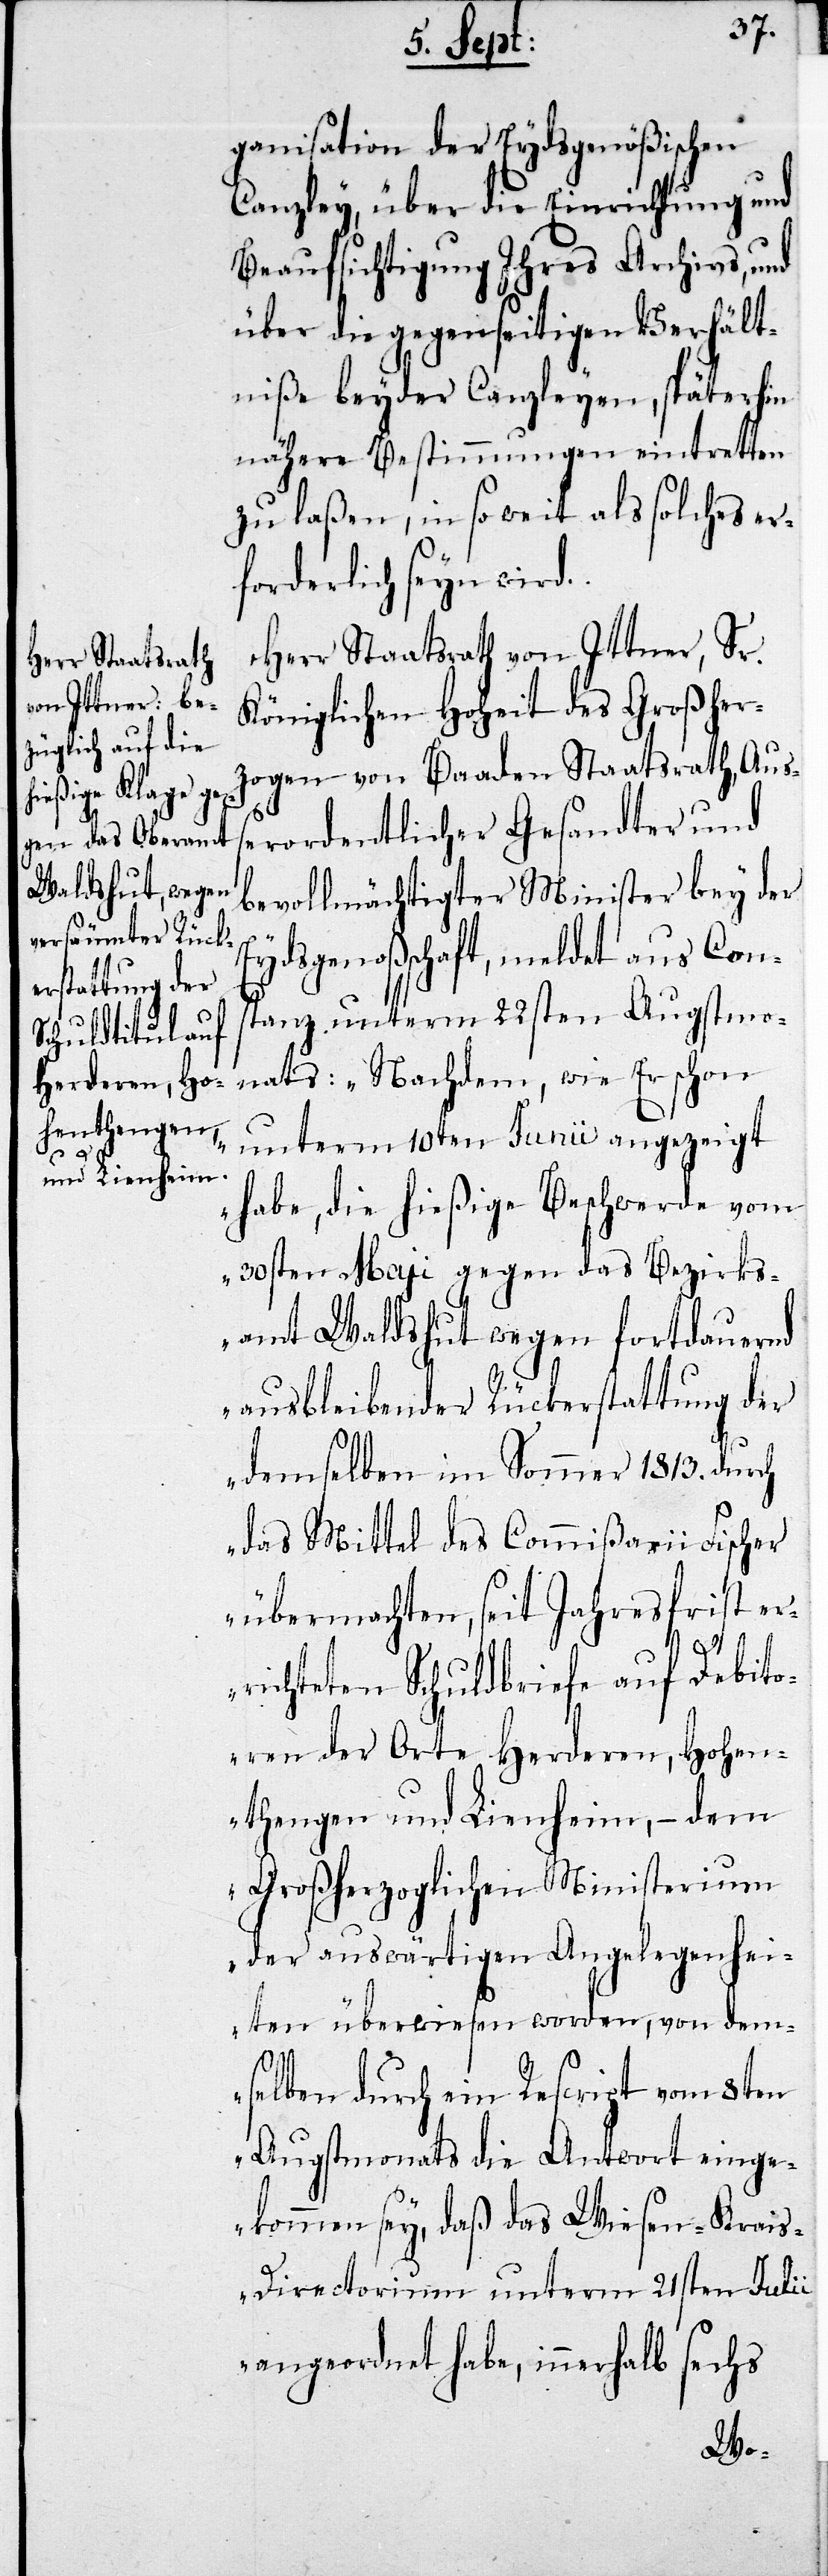
ganisation der Eydsgenößischen
Canzley, über die Einrichtung und
Beaufsichtigung Ihres Archivs, und
über die gegenseitigen Verhält¬
niße beyder Canzleyen, späterhin
nähere Bestimmungen eintretten
zu laßen, in so weit als solches er¬
forderlich seyn wird.
Herr Staatsrath von Ittner, Sr.
Königlichen Hoheit des Großher¬
zogen von Baaden Staatsrath, Auß¬
erordentlicher Gesandter und
bevollmächtigter Minister bey der
Eydsgenoßenschaft, meldet aus Cons¬
tanz unterm 22sten Augstmo¬
nats: „Nachdem, wie Er schon
unterm 10ten Junii angezeigt
habe, die hießige Beschwerde vom
20sten Maji gegen das Bezirks¬
amt Waldshut wegen fortdauernd
ausbleibender Rückerstattung der
demselben im Sommer 1813. durch
das Mittel des Commißarii Fischer
übermachten, seit Jahresfrist er¬
richteten Schuldbriefe auf Debito¬
ren der Orte Herderen, Hohen¬
thengen und Lienheim, – dem
Großherzoglichen Ministerium
der auswärtigen Angelegenhei¬
ten überwiesen worden, von dem¬
selben durch ein Rescript vom 8ten
Augstmonats die Antwort einge¬
kommen sey, daß das Wiesen-Krai¬
s-Directorium unterm 21sten Julii
angeordnet habe, innerhalb sechs